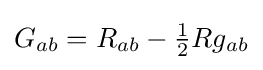
G_{ab}=R_{ab}-{\tfrac {1}{2}}Rg_{ab}